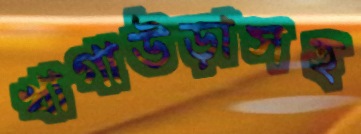
খাগাউড়াসহ